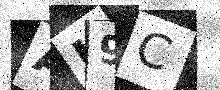
Text: AK9C